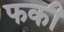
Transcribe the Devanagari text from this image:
फकी